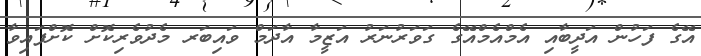
އޭގެ ފަހުން އަދީބާއި އެމްއެމްއޭގެ ގަވަރުނަރު އަޒީމާ އާދަމް ވައިބަރ މެދުވެރިކޮށް ކޮށްފައިވާ